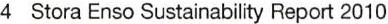
4  Stora Enso Sustainability Report 2010